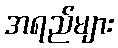
အရည်များ